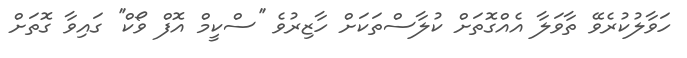
ހަވާލުކުރެވޭ ތާވަލާ އެއްގޮތަށް ކުލާސްތަކަށް ހާޒިރުވެ ''ސްކީމް އޮފް ވޯކް'' ގައިވާ ގޮތަށް